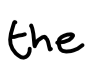
Text: the
Cross-out: clean
Writing tool: digital_black